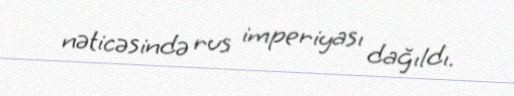
nəticəsində rus imperiyası dağıldı.